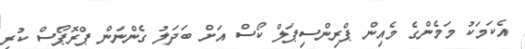
އެކަމަކު މަމެންގެ މެއިން ޕްރިންސިޕަލް ކޯސް އަށް ބަދަލު ގެންނަން ޕްރޮޕޯސް ކުރި